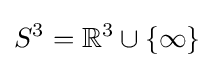
S^{3}=\mathbb {R} ^{3}\cup \{\infty \}